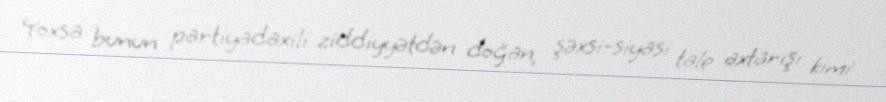
Yoxsa bunun partiyadaxili ziddiyyətdən doğan, şəxsi-siyasi tale axtarışı kimi